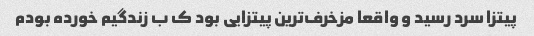
پیتزا سرد رسید و واقعا مزخرف‌ترین پیتزایی بود ک ب زندگیم خورده بودم